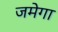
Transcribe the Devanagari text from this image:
जमेगा